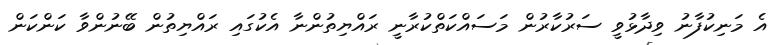
އެ މަނިކުފާނު ވިދާޅުވީ ސަރުކާރުން މަސައްކަތްކުރާނީ ރައްޔިތުންނާ އެކުގައި ރައްޔިތުން ބޭނުންވާ ކަންކަން